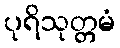
ပုရိသုတ္တမံ